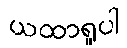
ယထာရူပါ